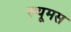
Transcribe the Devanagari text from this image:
ल्यूमस